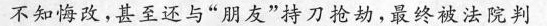
不知悔改，甚至还与”朋友”持刀抢劫，最终被法院判